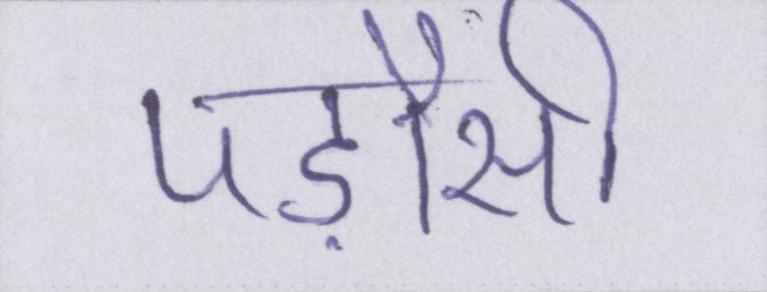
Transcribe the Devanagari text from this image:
पड़ौसी